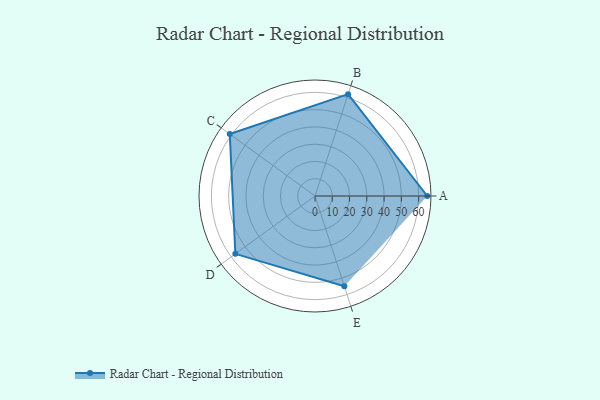
{"axis": {"x": "Skill", "y": "Score"}, "legend": ["Profile"], "data": [{"x": "A", "y": 65.0, "type": "Profile"}, {"x": "B", "y": 62.0, "type": "Profile"}, {"x": "C", "y": 61.0, "type": "Profile"}, {"x": "D", "y": 57.0, "type": "Profile"}, {"x": "E", "y": 55.0, "type": "Profile"}]}